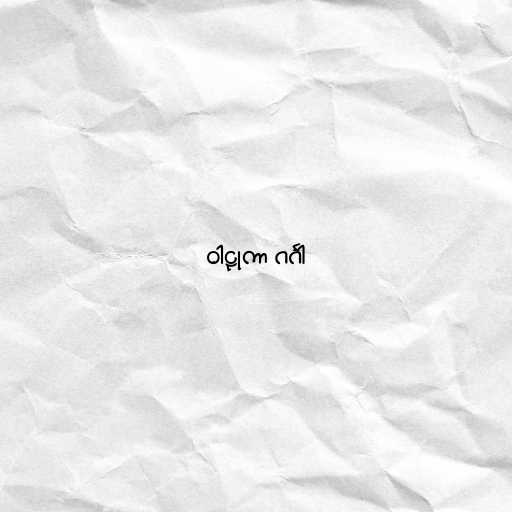
ဝါဠုကာ ဂင်္ဂါ